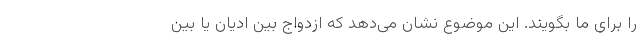
را برای ما بگویند. این موضوع نشان می‌دهد که ازدواج بین ادیان یا بین